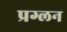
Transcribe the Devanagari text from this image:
प्रग्लन